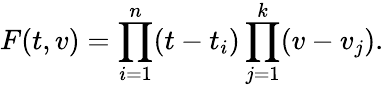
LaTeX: F(t,v)=\prod_{i=1}^{n}(t-t_{i})\prod_{j=1}^{k}(v-v_{j}).